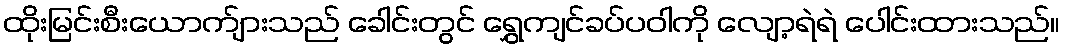
ထိုးမြင်းစီးယောက်ျားသည် ခေါင်းတွင် ရွှေကျင်ခပ်ပဝါကို လျော့ရဲရဲ ပေါင်းထားသည်။